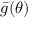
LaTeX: { \bar { g } } ( \theta )